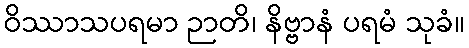
ဝိဿာသပရမာ ဉာတိ၊ နိဗ္ဗာနံ ပရမံ သုခံ။